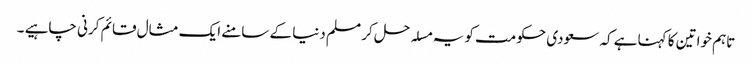
تاہم خواتین کا کہناہے کہ سعودی حکومت کو یہ مسلہ حل کر مسلم دنیا کے سامنے ایک مثال قائم کرنی چاہیے ۔